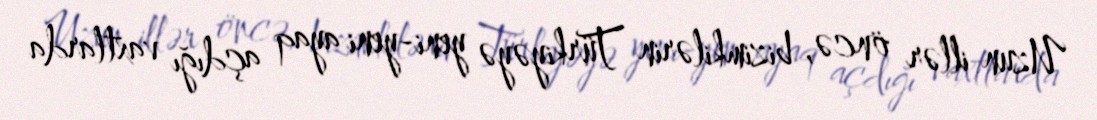
Uzun illər öncə, bizimkilərin Türkiyəyə yeni-yeni ayaq açdığı vaxtlarda